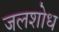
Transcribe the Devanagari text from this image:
जलशोध